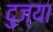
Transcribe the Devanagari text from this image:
दुज्या